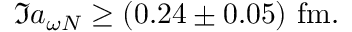
\Im a _ { \omega N } \ge ( 0 . 2 4 \pm 0 . 0 5 ) \ \mathrm { f m } .